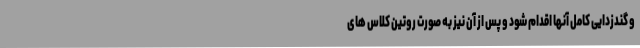
و گندزدایی کامل آنها اقدام شود و پس از آن نیز به صورت روتین کلاس های